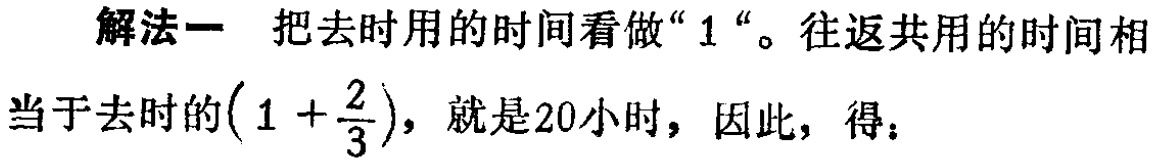
解法一 把去时用的时间看做“$1$“。往返共用的时间相当于去时的$\left(1 + \frac{2}{3}\right)$，就是20小时，因此，得：